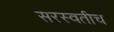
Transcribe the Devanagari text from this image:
सरस्वतीच